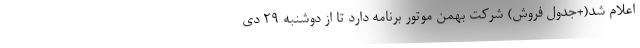
اعلام شد(+جدول فروش) شرکت بهمن موتور برنامه دارد تا از دوشنبه ۲۹ دی